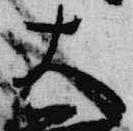
大